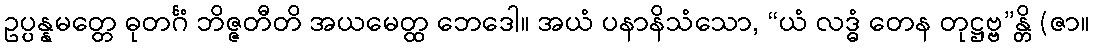
ဥပ္ပန္နမတ္တေ ဓုတင်္ဂံ ဘိဇ္ဇတီတိ အယမေတ္ထ ဘေဒေါ။ အယံ ပနာနိသံသော, “ယံ လဒ္ဓံ တေန တုဋ္ဌဗ္ဗ”န္တိ (ဇာ။